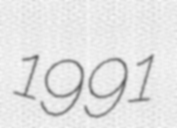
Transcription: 1991